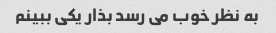
به نظر خوب می رسد بذار یکی ببینم